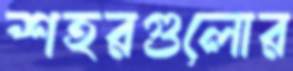
শহরগুলোর